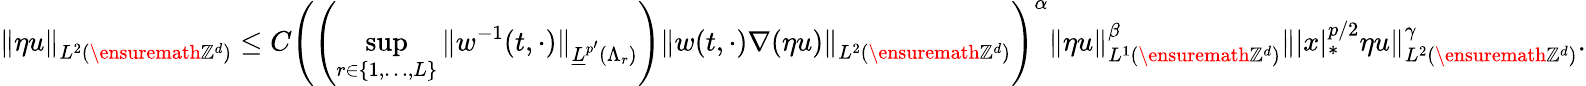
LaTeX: \left\| \eta u\right\| _{L^{2}\left(\ensuremath{\mathbb{Z}^{d}}\right)}\leq C\left(\left(\operatorname*{sup}_{r\in\{ 1,\ldots,L\} }\| w^{-1}(t,\cdot)\| _{\underline{{L}}^{p^{\prime}}(\Lambda_{r})}\right)\left\| w(t,\cdot)\nabla(\eta u)\right\| _{L^{2}\left(\ensuremath{\mathbb{Z}^{d}}\right)}\right)^{\alpha}\left\| \eta u\right\| _{L^{1}\left(\ensuremath{\mathbb{Z}^{d}}\right)}^{\beta}\| |x|_{*}^{p/2}\eta u\| _{L^{2}\left(\ensuremath{\mathbb{Z}^{d}}\right)}^{\gamma}.